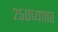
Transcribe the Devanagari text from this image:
२५०च्यावर